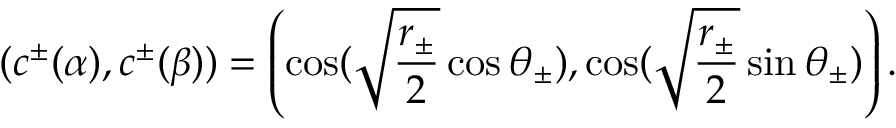
( c ^ { \pm } ( \alpha ) , c ^ { \pm } ( \beta ) ) = \left( \cos ( \sqrt { \frac { r _ { \pm } } { 2 } } \cos \theta _ { \pm } ) , \cos ( \sqrt { \frac { r _ { \pm } } { 2 } } \sin \theta _ { \pm } ) \right) .